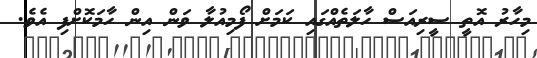
މިހާރު އޮތީ ސީރިއަސް ހާލަތެއްގައި ކަމަށް ފޯމިއުލާ ވަން އިން ހާމަކޮށްފި އެވެ.